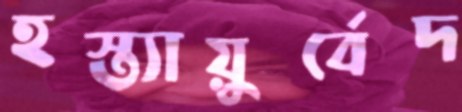
হস্ত্যায়ুর্বেদ